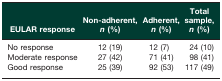
<table><thead><tr><td><b>EULAR response</b></td><td><b>Non-adherent, <i>n</i> (%)</b></td><td><b>Adherent, <i>n</i> (%)</b></td><td><b>Total sample, <i>n</i> (%)</b></td></tr></thead><tbody><tr><td>No response</td><td>12 (19)</td><td>12 (7)</td><td>24 (10)</td></tr><tr><td>Moderate response</td><td>27 (42)</td><td>71 (41)</td><td>98 (41)</td></tr><tr><td>Good response</td><td>25 (39)</td><td>92 (53)</td><td>117 (49)</td></tr></tbody></table>